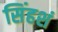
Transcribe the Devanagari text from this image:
सिंहशं